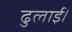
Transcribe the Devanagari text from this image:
ढुलाई।